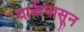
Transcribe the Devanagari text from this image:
पार्कपासून